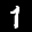
Label: 1